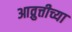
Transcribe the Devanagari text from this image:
आव्रुत्तीच्या